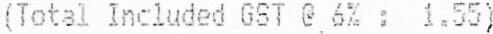
(TOTAL INCLUDED GST @ 6% : 1.55)